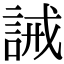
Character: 誡